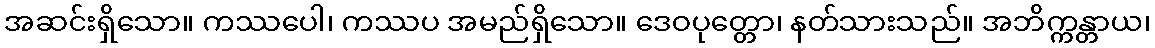
အဆင်းရှိသော။ ကဿပေါ၊ ကဿပ အမည်ရှိသော။ ဒေဝပုတ္တော၊ နတ်သားသည်။ အဘိက္ကန္တာယ၊